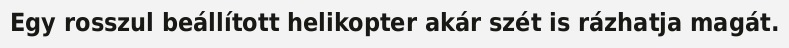
Egy rosszul beállított helikopter akár szét is rázhatja magát.